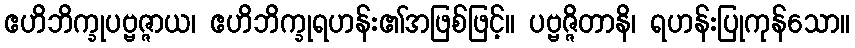
ဧဟိဘိက္ခုပဗ္ဗဇ္ဇာယ၊ ဧဟိဘိက္ခုရဟန်း၏အဖြစ်ဖြင့်။ ပဗ္ဗဇ္ဇိတာနိ၊ ရဟန်းပြုကုန်သော။